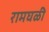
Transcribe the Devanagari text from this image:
रामघळी